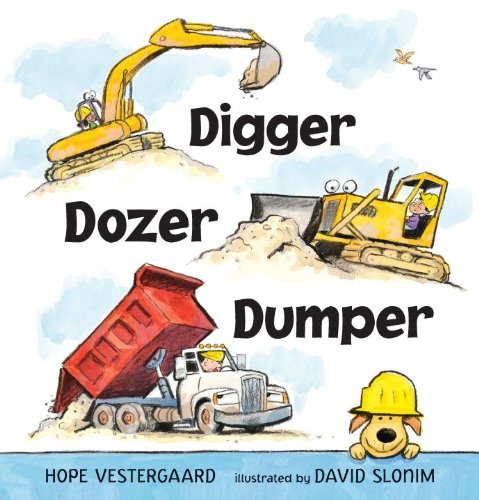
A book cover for Digger, Dozer, Dumper; Hope Vestergaard; Children's Books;